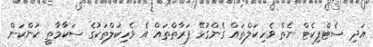
އަދި ސެޓްފިކެޓް ނެތް ވެހިކަލްތައް ގެންގުޅޭ ފަރާތްތައް އެ ވެހިކަލްތަކުގެ ސަކާމާތީ ކަންކަން